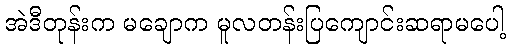
အဲဒီတုန်းက မချောက မူလတန်းပြကျောင်းဆရာမပေါ့